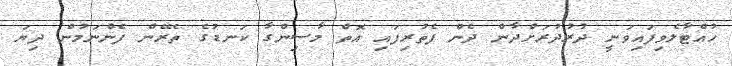
ހުއްޓާލެވިފައިވަނީ ދުރުދުރަށްދާން ދެން ފެތުރިފައި އޮތް މާސިންގާ ކަނޑުގެ ތެރޭން ފެންނަމުން ދިޔަ